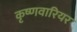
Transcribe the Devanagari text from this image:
कृष्णवारियर